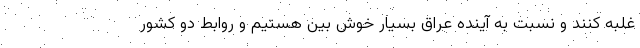
غلبه کنند و نسبت به آینده عراق بسیار خوش بین هستیم و روابط دو کشور